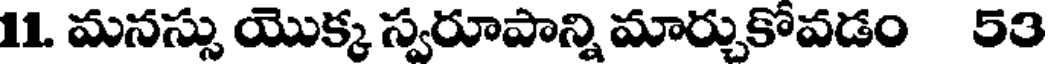
11. మనస్సు యొక్క స్వరూపాన్ని మార్చుకోవడం 53